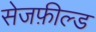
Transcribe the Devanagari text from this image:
सेजफ़ील्ड